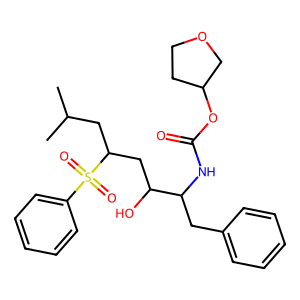
SMILES: CC(C)CC(CC(O)C(Cc1ccccc1)NC(=O)OC1CCOC1)S(=O)(=O)c1ccccc1
Inhibits HIV replication: Yes